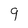
Character: 9